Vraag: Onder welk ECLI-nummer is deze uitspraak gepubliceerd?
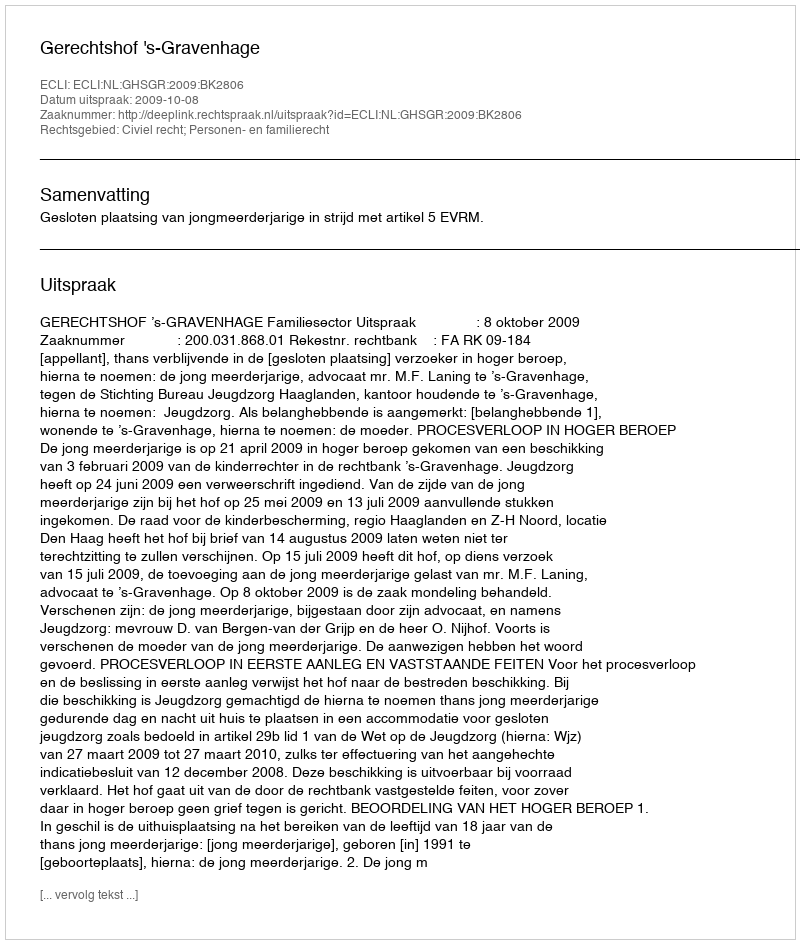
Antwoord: ECLI:NL:GHSGR:2009:BK2806